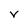
Character: V